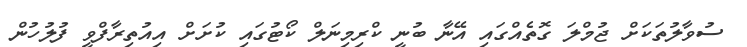
ސުވާލުތަކަށް ޖުމްލަ ގޮތެއްގައި އޭނާ ބުނީ ކްރިމިނަލް ކޯޓުގައި ކުށަށް އިއުތިރާފްވީ ފުލުހުން